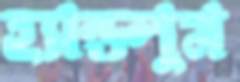
হ্যান্ডলুম